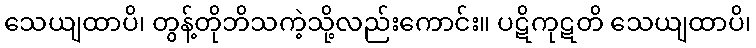
သေယျထာပိ၊ တွန့်တိုဘိသကဲ့သို့လည်းကောင်း။ ပဋိကုဋတိ သေယျထာပိ၊